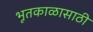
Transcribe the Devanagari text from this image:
भूतकाळासाठी